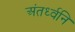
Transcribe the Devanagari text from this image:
अंतर्ध्वनि